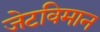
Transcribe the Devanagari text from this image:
जेटविमान